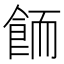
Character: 𱃦